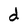
Character: d